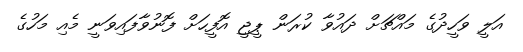
އަލީ ވަހީދުގެ މައްޗަށް ދައުވާ ކުރަން ޕީޖީ އޮފީހަށް ފޮނުވާފައިވަނީ މެއި މަހުގެ